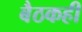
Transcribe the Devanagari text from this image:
बैठकही